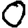
Digit: 0